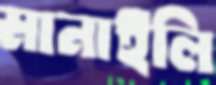
মানাইলি